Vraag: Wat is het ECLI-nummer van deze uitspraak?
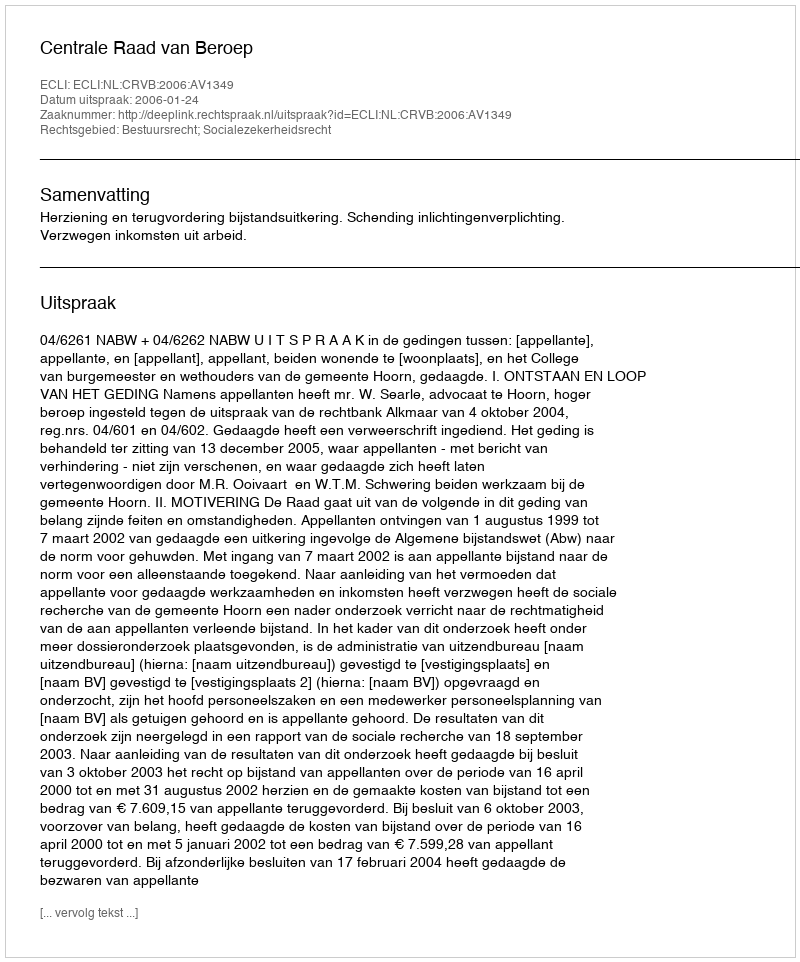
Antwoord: ECLI:NL:CRVB:2006:AV1349